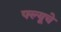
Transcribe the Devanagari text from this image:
फ्ल्यूचे